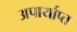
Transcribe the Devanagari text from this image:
अपार्याप्त